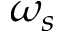
\omega _ { s }